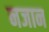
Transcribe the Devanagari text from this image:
नजान